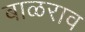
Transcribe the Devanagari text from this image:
बाळराव